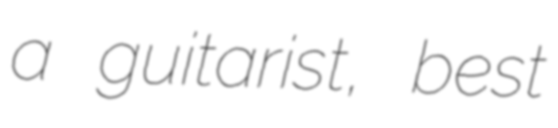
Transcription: a guitarist, best